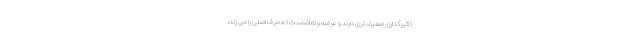
تاثیرگذاری ضعیف تری دارند و عرضه و تقاضاست که حرف اصلی را می زند،